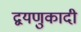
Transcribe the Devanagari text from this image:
द्वयणुकादी